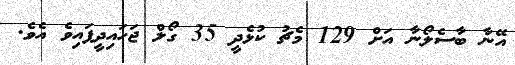
އޭނާ ބާސެލޯނާ އަށް 129 މެޗު ކުޅެދީ 35 ގޯލް ޖަހައިދީފައިވެ އެވެ.